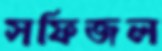
সফিজল